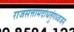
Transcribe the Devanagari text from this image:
राजसत्तामदांधतुंगध्वजन